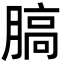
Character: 䐧